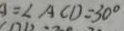
= \angle A C D = 3 0 ^ { \circ }